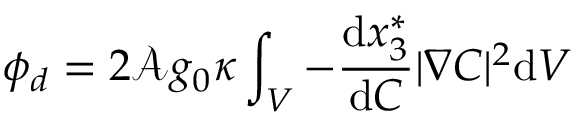
\phi _ { d } = 2 \mathcal { A } g _ { 0 } \kappa \int _ { V } - \frac { \mathrm { d } x _ { 3 } ^ { * } } { \mathrm { d } C } | \nabla C | ^ { 2 } \mathrm { d } V